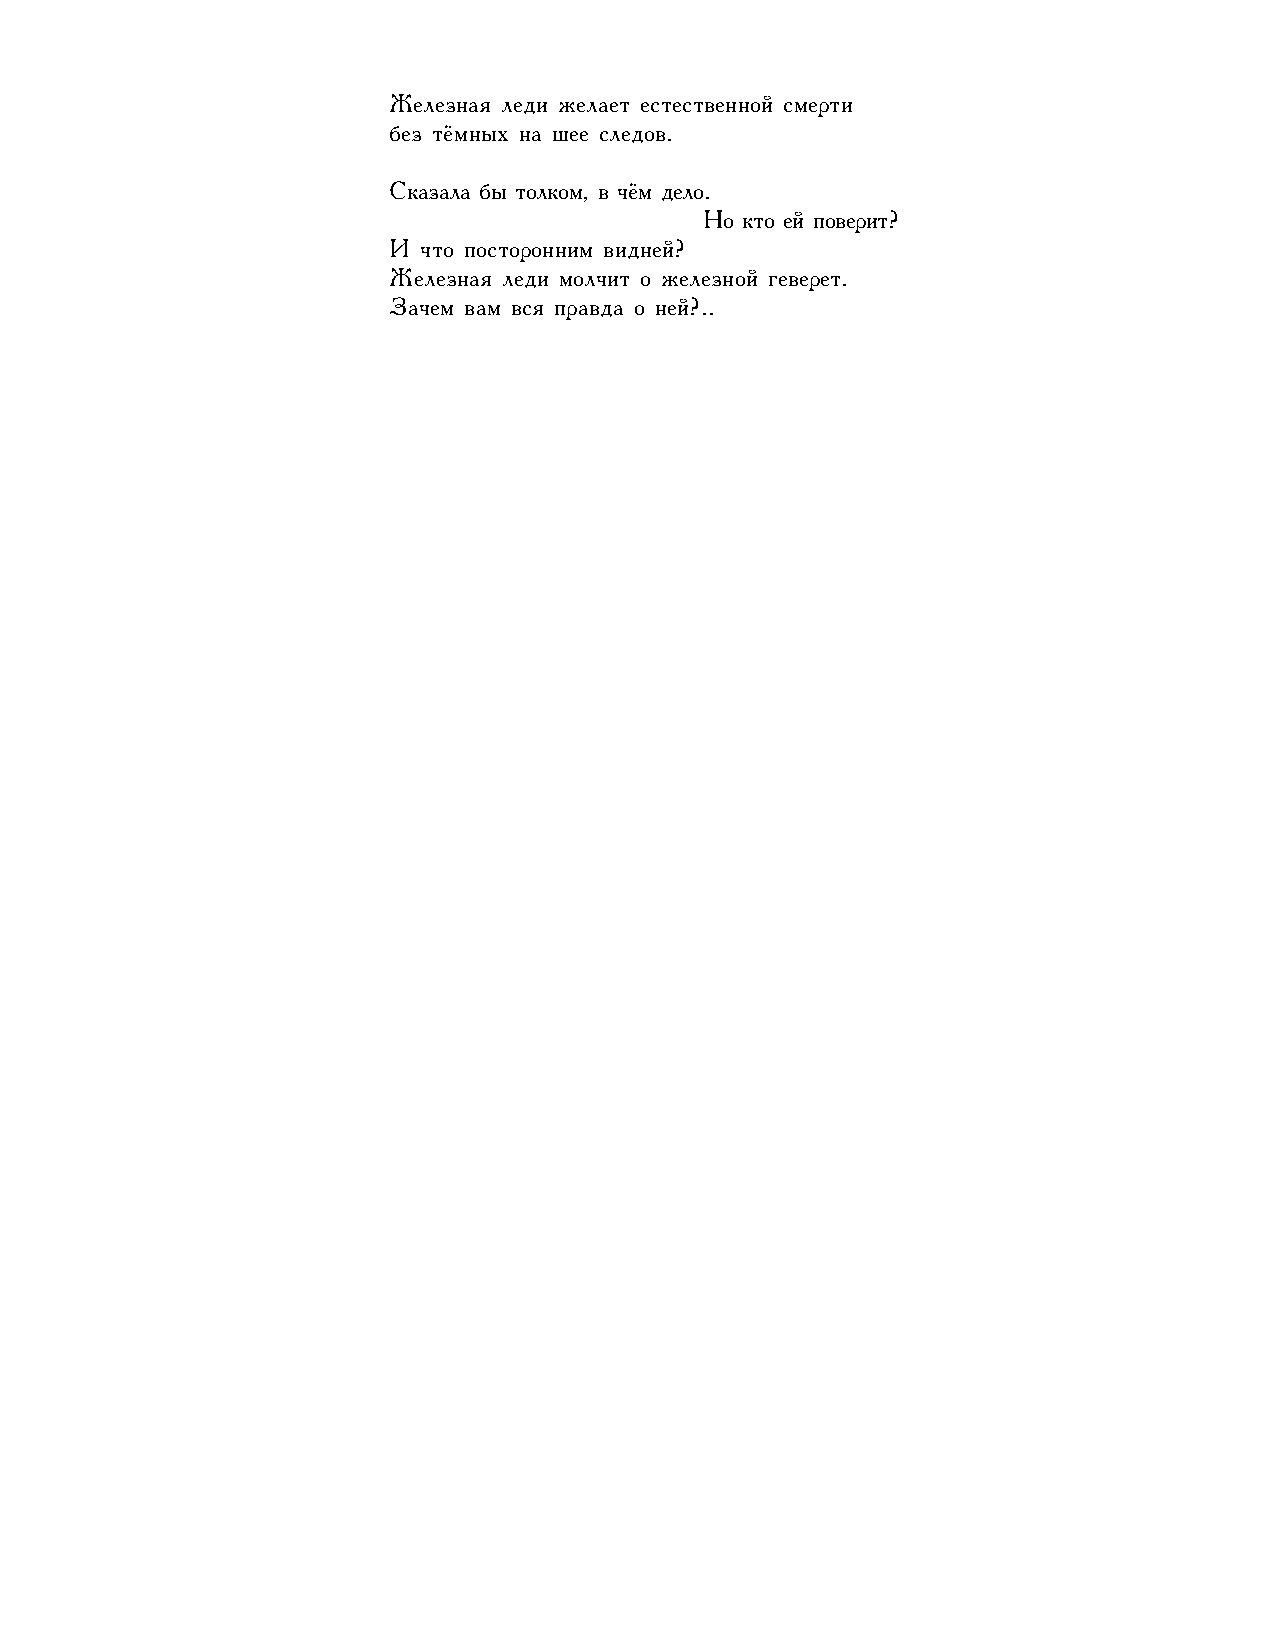
Железная леди желает естественной смерти
 без тёмных на шее следов.
 Сказала бы толком, в чём дело.
 Но кто ей поверит?
 И что посторонним видней?
 Железная леди молчит о железной геверет.
 Зачем вам вся правда о ней?..
 89